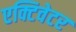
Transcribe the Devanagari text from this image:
एक्टिवेटर